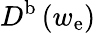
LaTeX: D^{\mathrm{b}}\left(w_{\mathrm{e}}\right)